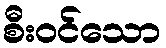
စီးဝင်သော